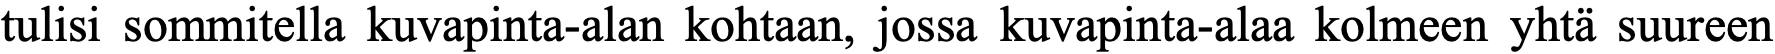
tulisi sommitella kuvapinta-alan kohtaan, jossa kuvapinta-alaa kolmeen yhtä suureen